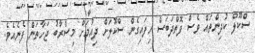
ސްކޫލް ކުދިންތައް ވެސް ފޮތްދަބަސް ހިފައިގެން ސްކޫލަށް ދިއުމަށް މިސްރާބު ޖަހާތަން ފެނެއެވެ.